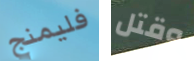
فليمنج وقتل